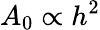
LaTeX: A_{0}\propto h^{2}